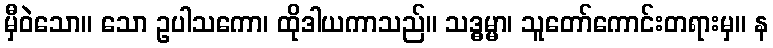
မှီဝဲသော။ သော ဥပါသကော၊ ထိုဒါယကာသည်။ သဒ္ဓမ္မာ၊ သူတော်ကောင်းတရားမှ။ န